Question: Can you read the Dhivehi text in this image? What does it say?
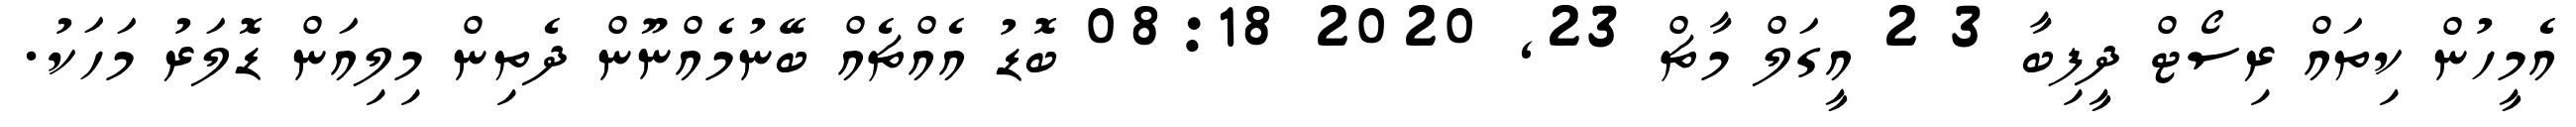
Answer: އެމީހުން ކިތައް ރިސޯޓް ދީފިބާ 3 2 އީގަލް މާޗް 23, 2020 08:18 ބޮޑު އެއްޗެއް ބޭނުމެއްނޫން ދެތިން މިލިއަން ޑޮލަރު މަހަކު.